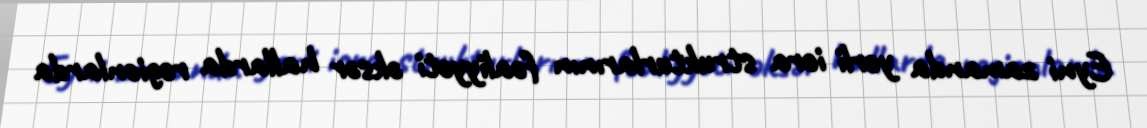
Eyni zamanda yerli icra strukturlarının fəaliyyəti əksər hallarda regionlarda